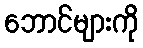
ဘောင်များကို